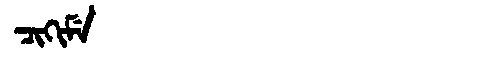
Manchu: ᠴᡳᡴᡳᠮᡝ
Romanization: CIKIME